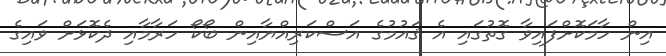
އިން ހާމަކޮށްފައިވާ ގޮތުގައި އެ ޤައުމުގެ އަސްކަރިއްޔާއިން ބޯކޯ ހަރާމާއި ދެކޮޅަށް ވައިގެ